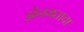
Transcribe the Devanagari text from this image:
झेनमताचा